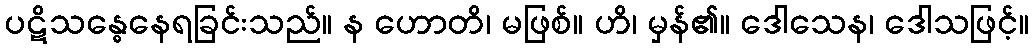
ပဋိသန္ဓေနေရခြင်းသည်။ န ဟောတိ၊ မဖြစ်။ ဟိ၊ မှန်၏။ ဒေါသေန၊ ဒေါသဖြင့်။